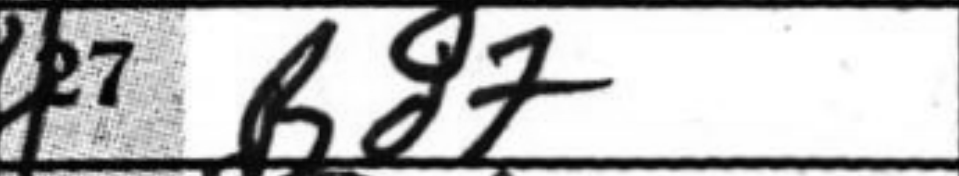
Transcription: Bd7